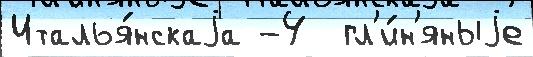
Италья́нскаjа -4  гл'и́н'яныjе